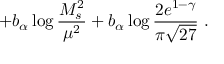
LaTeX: + b _ { \alpha } \log \frac { M _ { s } ^ { 2 } } { \mu ^ { 2 } } + b _ { \alpha } \log \frac { 2 e ^ { 1 - \gamma } } { \pi \sqrt { 2 7 } } \ .